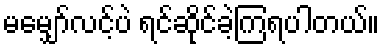
မမျှော်လင့်ပဲ ရင်ဆိုင်ခဲ့ကြရပါတယ်။